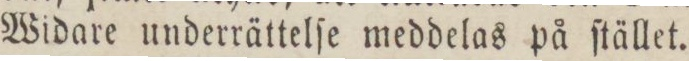
Widare underrättelſe meddelas på ſtället.